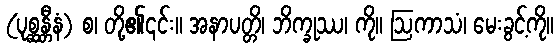
(ပုစ္ဆန္တီနံ) စ၊ တို့၏၎င်း။ အနာပတ္တိ၊ ဘိက္ခုဿ၊ ကို။ ဩကာသံ၊ မေးခွင့်ကို။